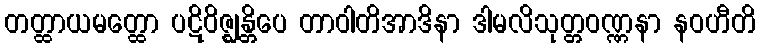
တတ္ထာယမတ္ထော ပဋိဝိဇ္ဈန္တိပေ တာဝါတိအာဒိနာ ဒါမလိသုတ္တဝဏ္ဏနာ နဝဟီတိ